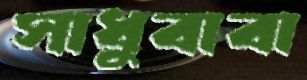
সাধুবাবা